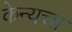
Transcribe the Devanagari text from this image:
केन्यत्ता